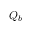
Q _ { b }